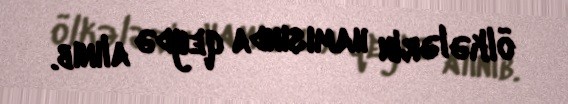
ölkələrin hamısında qeydə alınıb.